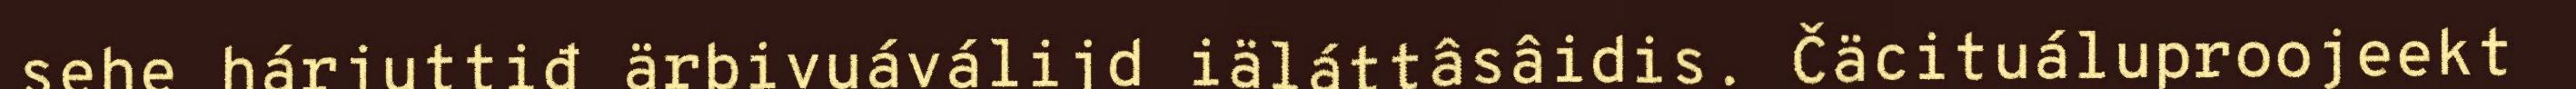
sehe hárjuttiđ ärbivuáválijd iäláttâsâidis. Čäcituáluproojeekt